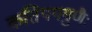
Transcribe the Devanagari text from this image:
कतिपयगुणैः